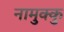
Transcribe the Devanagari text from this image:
नामुक्कु